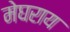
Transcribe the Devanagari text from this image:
मेघराय